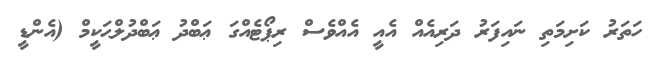
ހަތަރު ކަށިމަތި ނައިފަރު ދަރިއެއް އެއީ އެއްވެސް ރިޕޯޓެއްގަ ޢަބްދު ޢަބްދުލްޙަކީމް (އެންޑީ